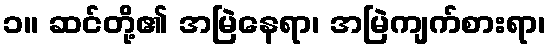
၁။ ဆင်တို့၏ အမြဲနေရာ၊ အမြဲကျက်စားရာ၊